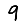
Digit: 9